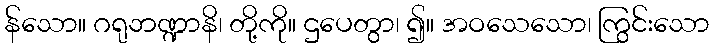
န်သော။ ဂရုဘဏ္ဍာနိ၊ တို့ကို။ ဌပေတွာ၊ ၍။ အဝသေသော၊ ကြွင်းသော